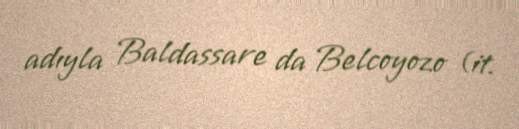
adıyla Baldassare da Belcoyozo (it.